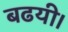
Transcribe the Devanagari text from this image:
बढयी।